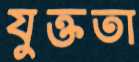
যুক্ততা